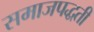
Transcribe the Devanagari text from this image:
समाजपद्धती